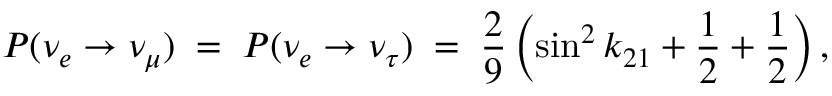
P ( \nu _ { e } \to \nu _ { \mu } ) \; = \; P ( \nu _ { e } \to \nu _ { \tau } ) \; = \; \frac { 2 } { 9 } \left( \sin ^ { 2 } k _ { 2 1 } + \frac { 1 } { 2 } + \frac { 1 } { 2 } \right) ,